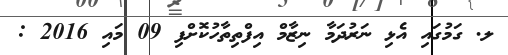
ލ. ގަމުގައި އެޅި ނަރުދަމާ ނިޒާމް އިފްތިތާހުކޮށްފި 09 މައި 2016 :